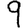
Digit: 9